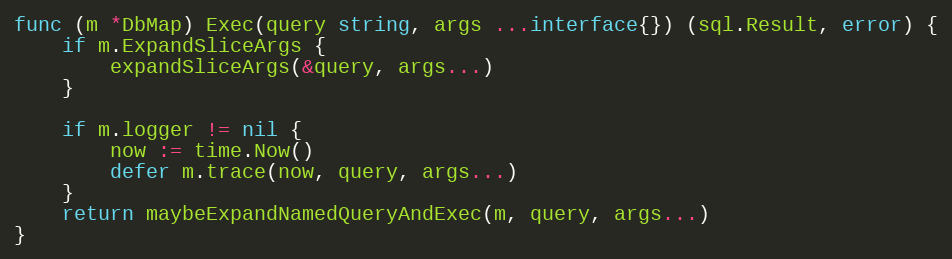
Language: Go
func (m *DbMap) Exec(query string, args ...interface{}) (sql.Result, error) {
	if m.ExpandSliceArgs {
		expandSliceArgs(&query, args...)
	}

	if m.logger != nil {
		now := time.Now()
		defer m.trace(now, query, args...)
	}
	return maybeExpandNamedQueryAndExec(m, query, args...)
}